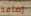
إضافة